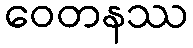
ဝေတနဿ